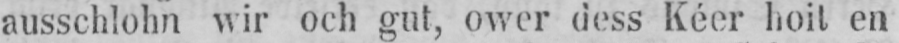
ausschlohn wir och gut, ower dess Kéer hoit en